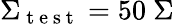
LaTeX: \Sigma_{\mathrm{~t~e~s~t~}}=50~\Sigma